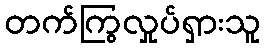
တက်ကြွလှုပ်ရှားသူ